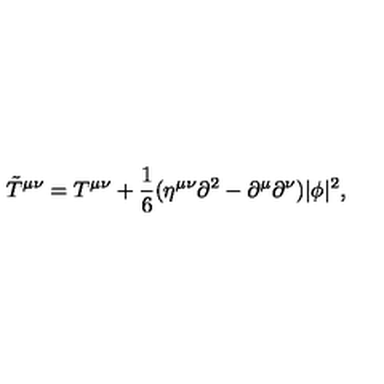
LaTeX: { \tilde { T } } ^ { \mu \nu } = T ^ { \mu \nu } + { \frac { 1 } { 6 } } ( \eta ^ { \mu \nu } \partial ^ { 2 } - \partial ^ { \mu } \partial ^ { \nu } ) | \phi | ^ { 2 } ,